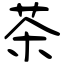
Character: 茶